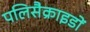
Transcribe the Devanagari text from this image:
पलिसैक्राइडों